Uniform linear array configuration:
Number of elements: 64
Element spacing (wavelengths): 0.5
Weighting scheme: uniform
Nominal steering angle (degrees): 30
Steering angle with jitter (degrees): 31.779
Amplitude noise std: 0.05
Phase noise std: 0.05

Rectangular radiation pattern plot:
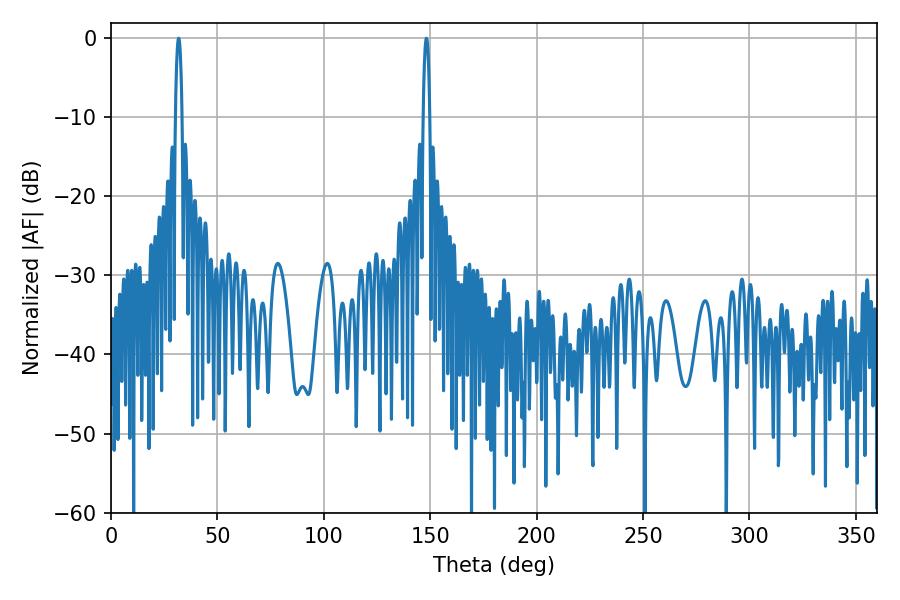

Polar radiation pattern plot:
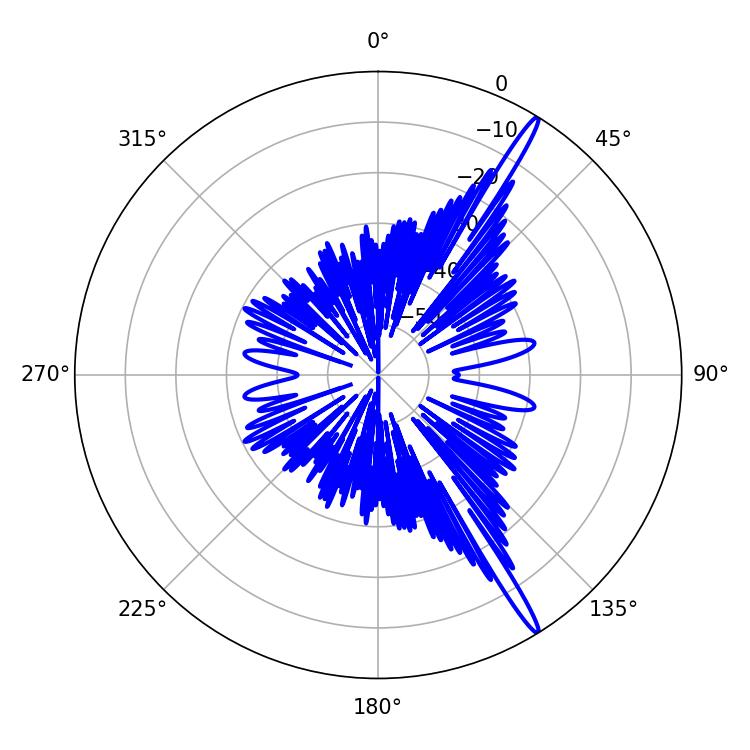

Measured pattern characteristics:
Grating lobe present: FALSE
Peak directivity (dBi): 17.119
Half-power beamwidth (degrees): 1.62
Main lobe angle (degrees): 31.86